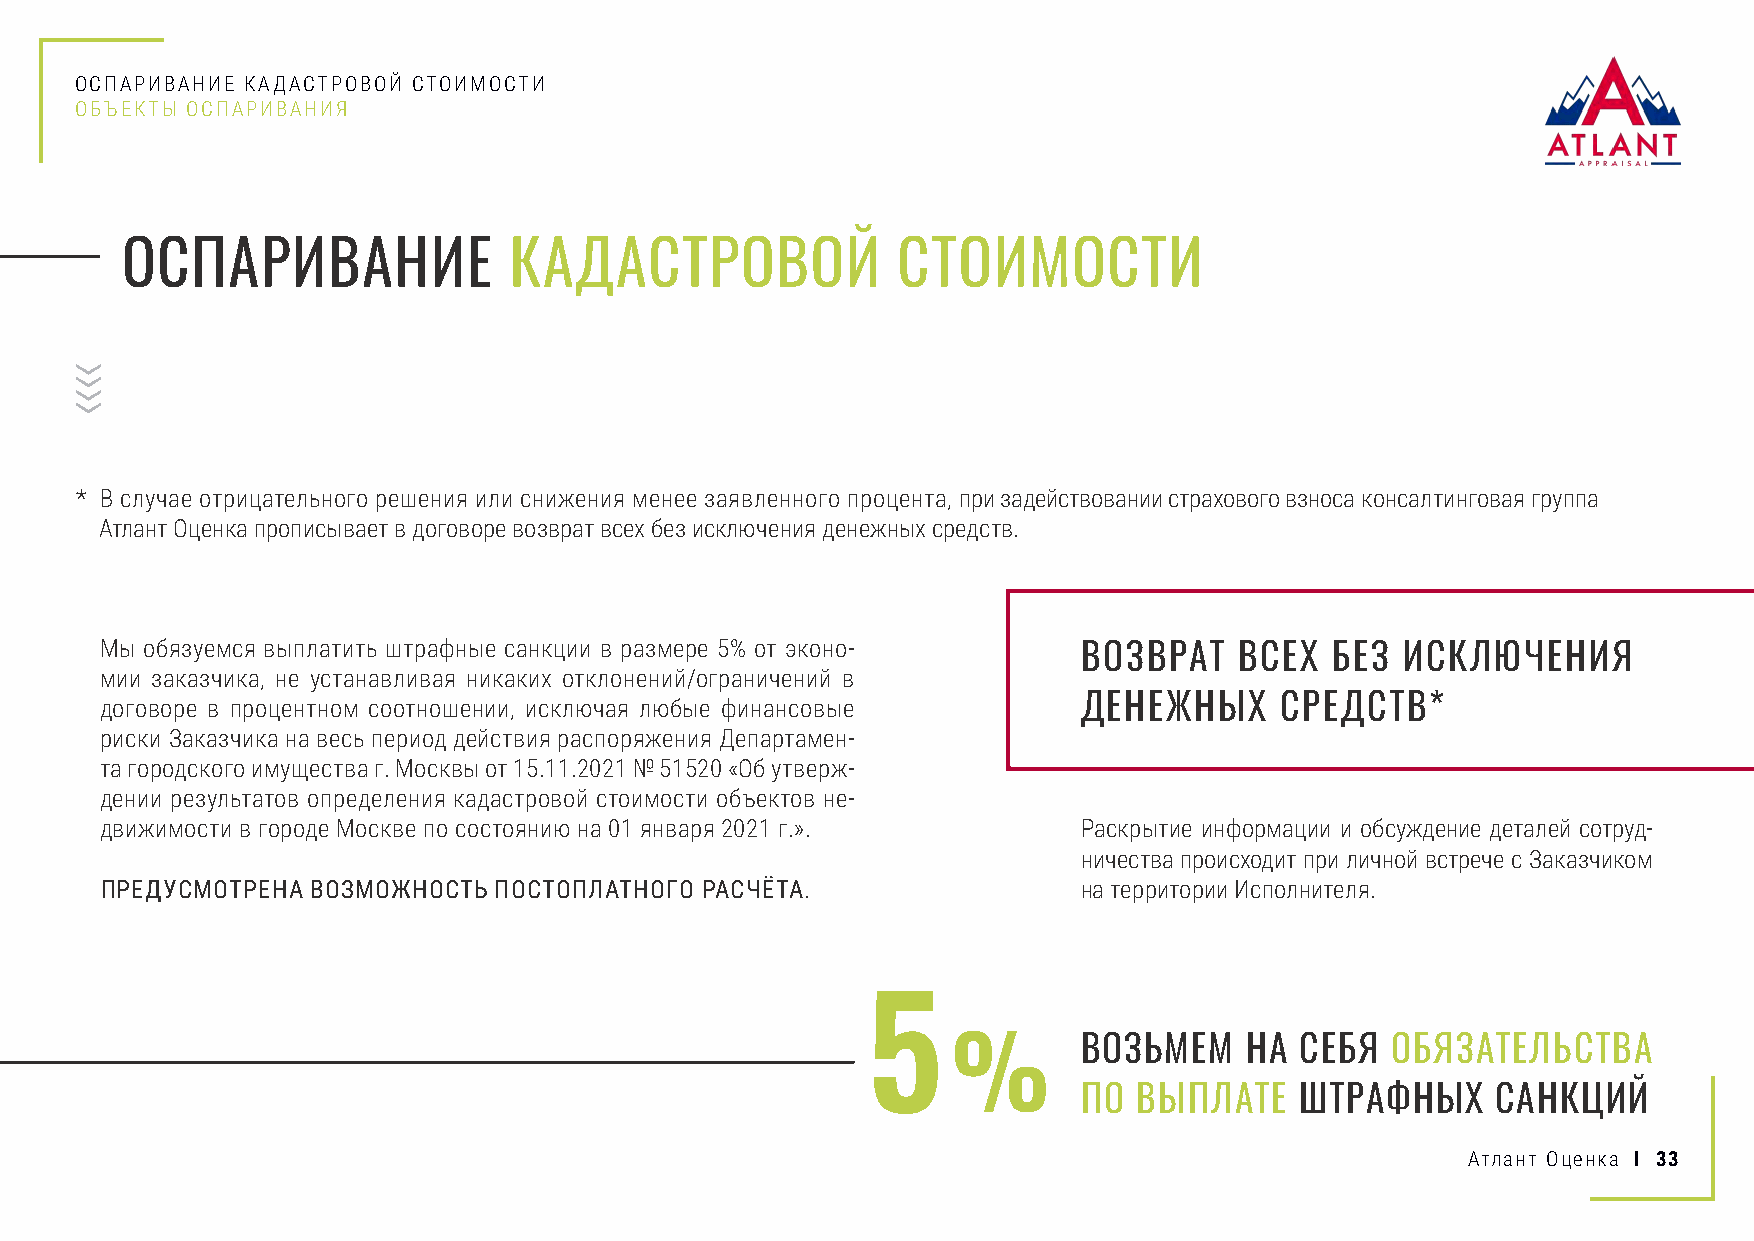
ОСПАРИВАНИЕ КАДАСТРОВОЙ СТОИМОСТИ
 ОБЪЕКТЫ ОСПАРИВАНИЯ
 ОСПАРИВАНИЕ               КАДАСТРОВОЙ              СТОИМОСТИ
 * В случае отрицательного решения или снижения менее заявленного процента, при задействовании страхового взноса консалтинговая группа
 Атлант Оценка прописывает в договоре возврат всех без исключения денежных средств.
 Мы обязуемся выплатить штрафные санкции в размере 5% от эконо-   ВОЗВРАТ   ВСЕХ  БЕЗ  ИСКЛЮЧЕНИЯ
 мии заказчика, не устанавливая никаких отклонений/ограничений в
 договоре в процентном соотношении, исключая любые финансовые     ДЕНЕЖНЫХ     СРЕДСТВ*
 риски Заказчика на весь период действия распоряжения Департамен-
 та городского имущества г. Москвы от 15.11.2021 № 51520 «Об утверж-
 дении результатов определения кадастровой стоимости объектов не-
 движимости в городе Москве по состоянию на 01 января 2021 г.».   Раскрытие информации и обсуждение деталей сотруд-
 ничества происходит при личной встрече с Заказчиком
 ПРЕДУСМОТРЕНА ВОЗМОЖНОСТЬ ПОСТОПЛАТНОГО РАСЧЁТА.                 на территории Исполнителя.
 5
 ВОЗЬМЕМ   НА  СЕБЯ  ОБЯЗАТЕЛЬСТВА
 %
 ПО ВЫПЛАТЕ    ШТРАФНЫХ     САНКЦИЙ
 Атлант Оценка I 33